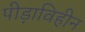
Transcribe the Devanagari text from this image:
पीड़ाविहीन